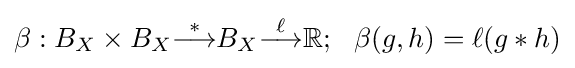
\beta :B_{X}\times B_{X}{\stackrel {*}{\longrightarrow }}B_{X}{\stackrel {\ell }{\longrightarrow }}\mathbb {R} ;\ \ \beta (g,h)=\ell (g*h)